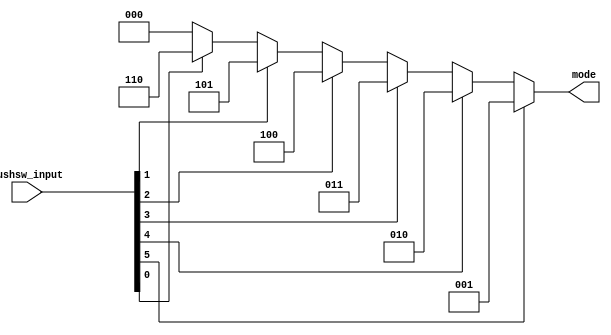
module ModeSelector(
input [5:0] pushsw_input,
output reg [2:0] mode
);

always @(*) begin

if(pushsw_input[5] == 1'b1)
mode = 3'd1;

else if(pushsw_input[4] == 1'b1)
mode = 3'd2;

else if(pushsw_input[3] == 1'b1)
mode = 3'd3;

else if(pushsw_input[2] == 1'b1)
mode = 3'd4;

else if(pushsw_input[1] == 1'b1)
mode = 3'd5;

else if(pushsw_input[0] == 1'b1)
mode = 3'd6;

else
mode = 3'd0;

end
endmodule